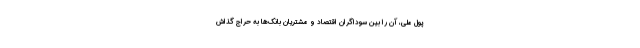
پول ملی، آن را بین سوداگران اقتصاد و مشتریان بانک‌ها به حراج گذاش